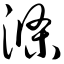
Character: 涤